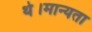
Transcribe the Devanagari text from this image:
थे।मान्यता